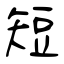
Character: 短